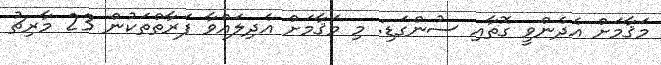
މަޤާމަށް އެދެންވީ ގޮތާއި ސުންގަޑި: މި މަޤާމަށް އެދިލައްވާ ފަރާތްތަކުން 23 މާރިޗު